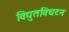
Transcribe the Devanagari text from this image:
विद्युतविघटन